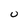
Character: 0